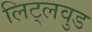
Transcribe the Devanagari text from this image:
लिट्लवुड